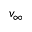
v _ { \infty }